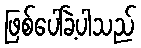
ဖြစ်ပေါ်ခဲ့ပါသည်